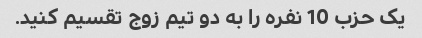
یک حزب 10 نفره را به دو تیم زوج تقسیم کنید.